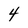
Character: 4